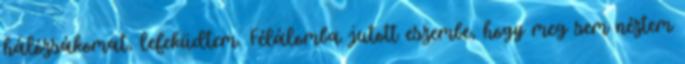
hálózsákomat, lefeküdtem. Félálomba jutott eszembe, hogy meg sem néztem